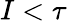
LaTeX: I<\tau